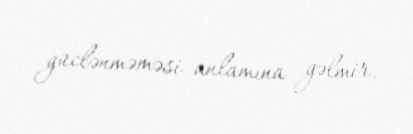
güclənməməsi anlamına gəlmir.